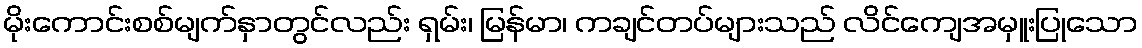
မိုးကောင်းစစ်မျက်နှာတွင်လည်း ရှမ်း၊ မြန်မာ၊ ကချင်တပ်များသည် လိင်ကျေအမှူးပြုသော